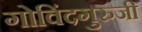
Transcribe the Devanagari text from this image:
गोविंदगुरुजी